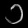
Digit: ၁